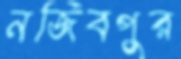
নজিবপুর